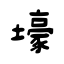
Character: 壕